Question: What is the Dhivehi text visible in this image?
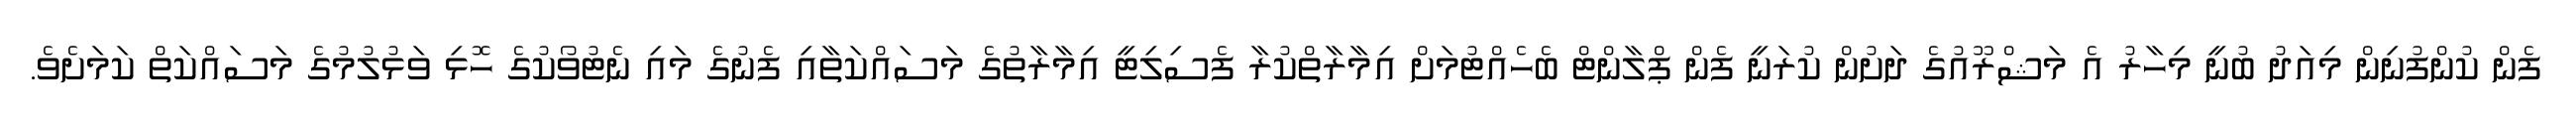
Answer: ފެން ކުންފުނިން މިއަދު ބުނީ މިހާރު އެ މަޝްރޫއުގެ ދަށުން ކުރަނީ ފެން ޕްލާންޓް ބެހެއްޓުމަށް އިމާރާތްކުރާ ފެސިލިޓީ އިމާރާތުގެ މަސައްކަތާއި ފެނުގެ މައި ނެޓުވޯކުގެ ހޮޅި ވަޅުލުމުގެ މަސައްކަތް ކަމަށެވެ.